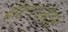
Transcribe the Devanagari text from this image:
इंटरनेटचं